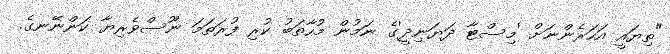
"ތިޔައީ އަހަރެންނަށް 'މިސްޓާ ދަޔަނިދީ'ގެ ނަމުން މުހާތަބު ކުރި ފުރަތަމަ ނޫސްވެރިޔާ ކަންނޭނގެ.